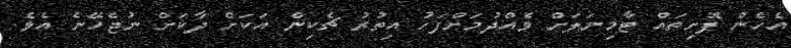
އެހެން ފޮށިތައް ޓާމިނަލަށް ވެއްދުމަށްފަހު އިތުރު ޗެކިން އަކަށް ދާކަށް ނުޖެހޭނެ އެވެ.